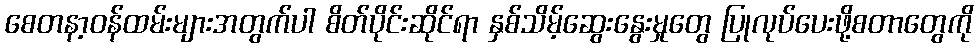
စေတနာ့ဝန်ထမ်းများအတွက်ပါ စိတ်ပိုင်းဆိုင်ရာ နှစ်သိမ့်ဆွေးနွေးမှုတွေ ပြုလုပ်ပေးဖို့စတာတွေကို